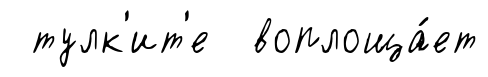
тулк'ит'е воплоща́ет